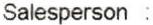
SALESPERSON :